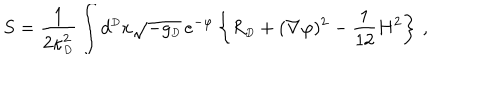
LaTeX: S = { \frac { 1 } { 2 \kappa _ { \scriptscriptstyle { D } } ^ { 2 } } } \int d ^ { \scriptscriptstyle { D } } x \sqrt { - g _ { \scriptscriptstyle { D } } } \, e ^ { - \varphi } \left\{ R _ { \scriptscriptstyle { D } } + ( \nabla \varphi ) ^ { 2 } - { \frac { 1 } { 1 2 } } H ^ { 2 } \right\} \, ,